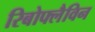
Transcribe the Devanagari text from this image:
रिबोफ्लैविन